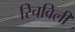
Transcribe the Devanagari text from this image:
रिचविली